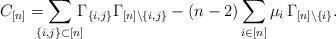
LaTeX: \begin{align*}C_{[n]}=\smashoperator{\sum_{\{i,j\}\subset [n]}}\,\Gamma_{\{i,j\}}\Gamma_{[n]\setminus \{i,j\}}-(n-2)\sum_{i\in [n]}\mu_i\, \Gamma_{[n]\setminus \{i\}}.\end{align*}